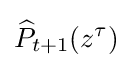
{\widehat {P}}_{t+1}(z^{\tau })